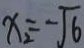
x _ { 2 } = - \sqrt { 6 }